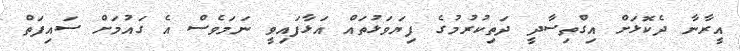
އީރާނާ ދެކޮޅަށް އިގްތިސާދީ ދަތިކުރުމުގެ ފިޔަަވަޅުތައް އަޅާފައިވީ ނަމަވެސް އެ ގައުމަށް ސައިފަތް